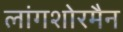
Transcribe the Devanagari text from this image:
लांगशोरमैन